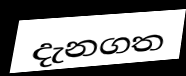
දැනගත